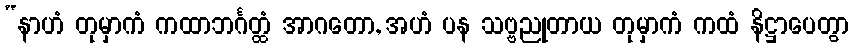
“နာဟံ တုမှာကံ ကထာဘင်္ဂတ္ထံ အာဂတော, အဟံ ပန သဗ္ဗညုတာယ တုမှာကံ ကထံ နိဋ္ဌာပေတွာ